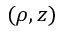
( \rho , z )